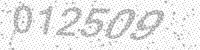
Solution: 012509